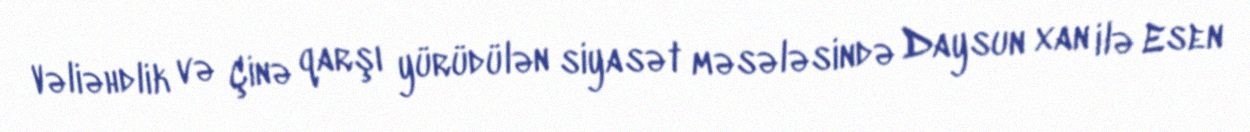
Vəliəhdlik və Çinə qarşı yürüdülən siyasət məsələsində Daysun xan ilə Esen